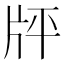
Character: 𤖳